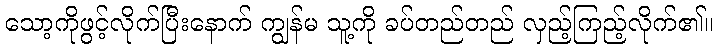
သော့ကိုဖွင့်လိုက်ပြီးနောက် ကျွန်မ သူ့ကို ခပ်တည်တည် လှည့်ကြည့်လိုက်၏။